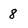
Character: 8